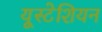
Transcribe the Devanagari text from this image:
यूस्टेशियन